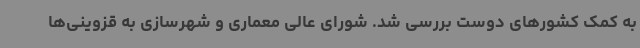
به کمک کشورهای دوست بررسی شد. شورای عالی معماری و شهرسازی به قزوینی‌ها